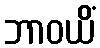
ဘာဝယိံ